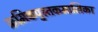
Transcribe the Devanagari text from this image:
क्रमिकपुस्तकमालिका